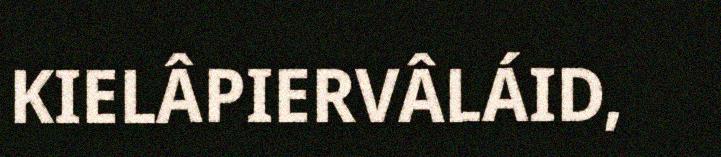
KIELÂPIERVÂLÁID,